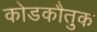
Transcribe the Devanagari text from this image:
कोडकौतुक